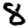
Digit: 8